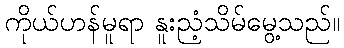
ကိုယ်ဟန်မူရာ နူးညံ့သိမ်မွေ့သည်။